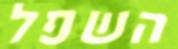
השפל